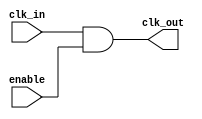
module clk_gating_cell (
    input wire clk_in,
    input wire enable,
    output wire clk_out
);
    assign clk_out = clk_in & enable; // Gated clock output
endmodule